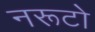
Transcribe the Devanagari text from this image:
नरूटो